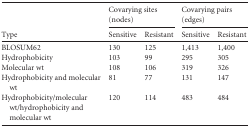
| <ROWSPAN=2> Type | <COLSPAN=2> Covarying sites (nodes) | <COLSPAN=2> Covarying pairs (edges) |
 | Sensitive | Resistant | Sensitive | Resistant |
 | --- | --- | --- | --- | --- |
 | BLOSUM62 | 130 | 125 | 1,413 | 1,400 |
 | Hydrophobicity | 103 | 99 | 295 | 305 |
 | Molecular wt | 108 | 106 | 319 | 326 |
 | Hydrophobicity and molecular wt | 81 | 77 | 131 | 147 |
 | Hydrophobicity/molecular wt/hydrophobicity and molecular wt | 120 | 114 | 483 | 484 |